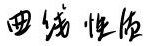
四流性质